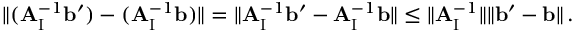
\| ( \mathbf { A } _ { \mathrm { I } } ^ { - 1 } \mathbf { b } ^ { \prime } ) - ( \mathbf { A } _ { \mathrm { I } } ^ { - 1 } \mathbf { b } ) \| = \| \mathbf { A } _ { \mathrm { I } } ^ { - 1 } \mathbf { b } ^ { \prime } - \mathbf { A } _ { \mathrm { I } } ^ { - 1 } \mathbf { b } \| \leq \| \mathbf { A } _ { \mathrm { I } } ^ { - 1 } \| \| \mathbf { b } ^ { \prime } - \mathbf { b } \| \, .